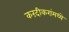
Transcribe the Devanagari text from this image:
करंदीकरांमध्ये